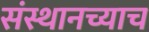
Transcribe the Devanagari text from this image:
संस्थानच्याच